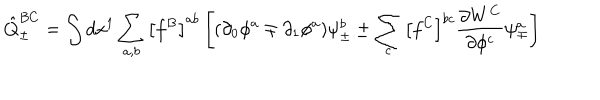
LaTeX: { \hat { Q } } _ { \pm } ^ { B C } = \int d x ^ { 1 } \sum _ { a , b } \left[ f ^ { B } \right] ^ { a b } \left[ ( \partial _ { 0 } \phi ^ { a } \mp \partial _ { 1 } \phi ^ { a } ) \psi _ { \pm } ^ { b } \pm \sum _ { c } \left[ f ^ { C } \right] ^ { b c } \frac { \partial W ^ { C } } { \partial \phi ^ { c } } \psi _ { \mp } ^ { a } \right]